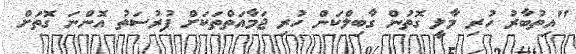
"އިތުބާރު ހުރި މާލީ ގޮތުން ގާބިލްކަން ހުރި ޖަމާއަތްތަކަށް ފުރުސަތު އޮންނަ ގޮތަށް